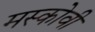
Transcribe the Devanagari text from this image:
मस्कोवी